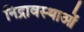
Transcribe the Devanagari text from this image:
निद्रावस्थाओं